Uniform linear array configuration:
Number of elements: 8
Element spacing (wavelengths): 0.5
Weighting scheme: uniform
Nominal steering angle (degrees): -60
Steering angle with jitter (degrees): -60.163
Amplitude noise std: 0.05
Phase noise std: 0.05

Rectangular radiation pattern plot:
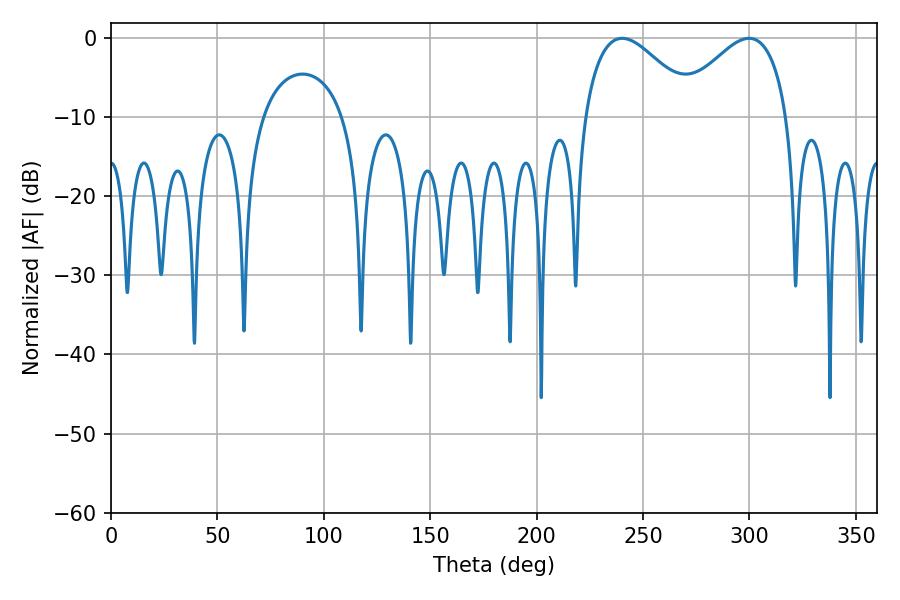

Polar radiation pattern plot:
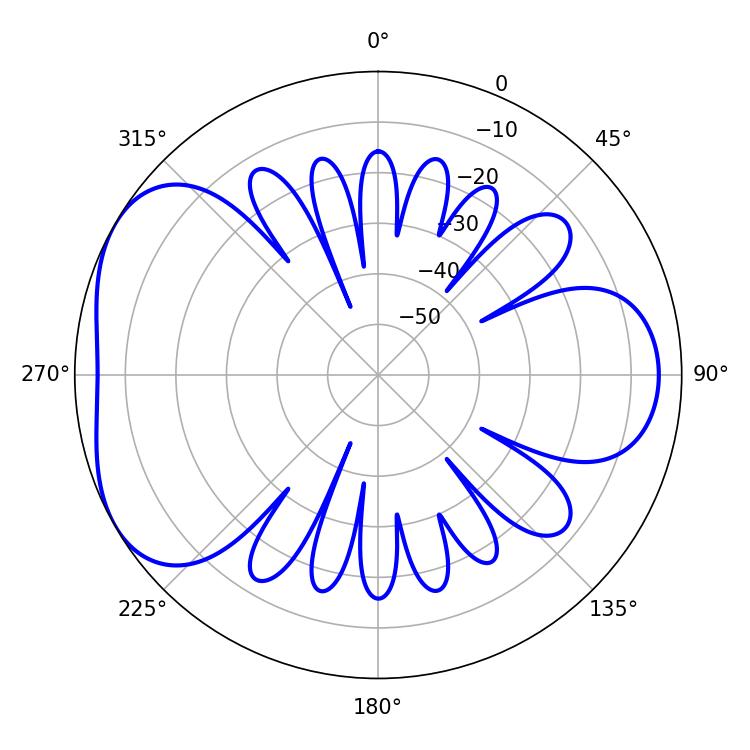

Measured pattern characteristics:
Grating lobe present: FALSE
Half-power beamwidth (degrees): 28.44
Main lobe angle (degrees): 299.88